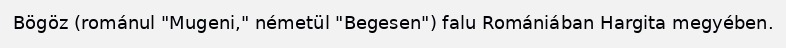
Bögöz (románul "Mugeni," németül "Begesen") falu Romániában Hargita megyében.